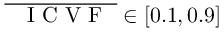
\overline { { \mathrm { ~ \textit ~ { ~ I ~ C ~ V ~ F ~ } ~ } } } \in \left[ 0 . 1 , 0 . 9 \right]